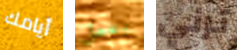
أيامك بعمل ترني